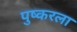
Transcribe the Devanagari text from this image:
पुष्करला